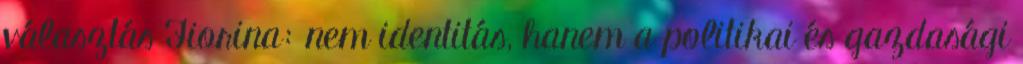
választás Fiorina: nem identitás, hanem a politikai és gazdasági